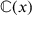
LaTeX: \mathbb { C } ( x )